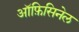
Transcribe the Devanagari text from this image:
ऑफ़िसिनेल